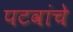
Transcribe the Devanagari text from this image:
पटवांचे